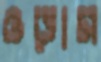
ওড়াস